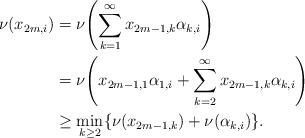
LaTeX: \begin{align*}\nu(x_{2m,i}) &=\nu{\left(\sum_{k=1}^\infty x_{2m-1,k}\alpha_{k,i}\right)}\\ &=\nu{\left(x_{2m-1,1}\alpha_{1,i}+\sum_{k=2}^\infty x_{2m-1,k}\alpha_{k,i}\right)}\\ &\geq\min_{k\geq2}\{\nu(x_{2m-1,k})+\nu(\alpha_{k,i})\}.\end{align*}